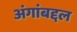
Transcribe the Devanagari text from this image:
अंगांबद्दल